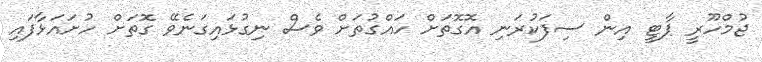
ޖުމްހޫރީ ޕާޓީ އިން ސިފަކުރަނި އޮގޮތަށް ހައްގުތަށް ވެސް ނިގުޅައިގަނެވޭ ގޮތަށް ހުށައަޅާފައި